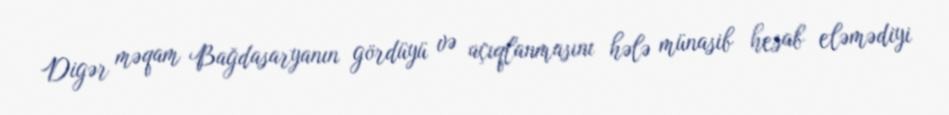
Digər məqam Bağdasaryanın gördüyü və açıqlanmasını hələ münasib hesab eləmədiyi